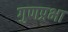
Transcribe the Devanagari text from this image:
गुणप्रभा